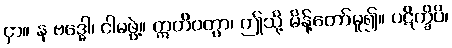
ငှာ။ န ဗဒ္ဓေါ၊ ငါမဖွဲ့။ ဣတိဝတွာ၊ ဤသို့ မိန့်တော်မူ၍။ ပဋိက္ခိပိ၊